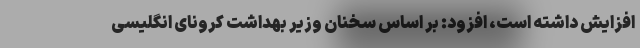
افزایش داشته است، افزود: بر اساس سخنان وزیر بهداشت کرونای انگلیسی